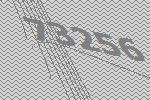
73256